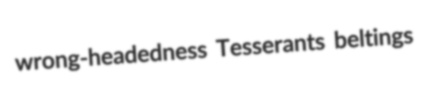
wrong-headedness Tesserants beltings